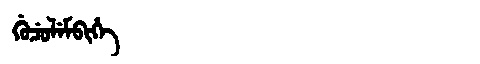
Manchu: ᡤᡠᠴᡠᠯᡝᠮᠪᡳᡥᡝ
Romanization: GUCULEMBIHE